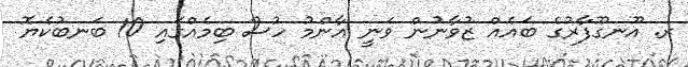
ރ. އޫނގޫފާރުގެ ބައެއް ޒުވާނުން ވަނީ އާންމު ހުސް ބިމެއްގައި 10 ބަނބުކެޔޮ